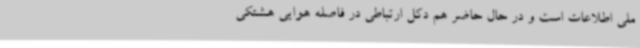
ملی اطلاعات است و در حال حاضر هم دکل ارتباطی در فاصله هوایی هشتکی